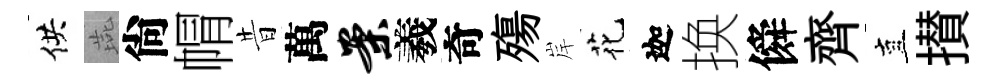
供燕尙㡌昔萬案羲奇殤岸花迦换僢齊直攅